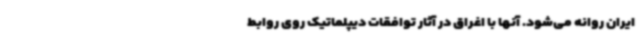
ایران روانه می‌شود. آنها با اغراق در آثار توافقات دیپلماتیک روی روابط